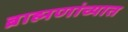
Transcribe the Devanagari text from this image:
ब्राह्मणांच्यात